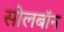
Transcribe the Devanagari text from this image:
सोलबॉन